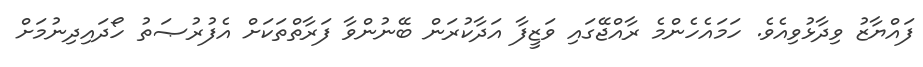
ފައްޔާޒު ވިދާޅުވިއެވެ. ހަމައެހެންމެ ރާއްޖޭގައި ވަޒީފާ އަދާކުރަން ބޭނުންވާ ފަރާތްތަކަށް އެފުރުޞަތު ހޯދައިދިނުމަށް